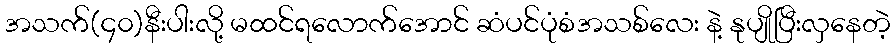
အသက်(၄၀)နီးပါးလို့ မထင်ရလောက်အောင် ဆံပင်ပုံစံအသစ်လေး နဲ့ နုပျိုပြီးလှနေတဲ့